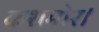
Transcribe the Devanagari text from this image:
कशमोर।